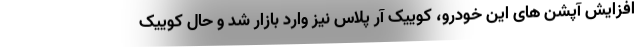
افزایش آپشن های این خودرو، کوییک آر پلاس نیز وارد بازار شد و حال کوییک